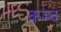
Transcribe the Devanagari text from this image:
कम्द